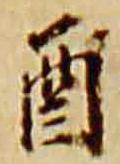
酉